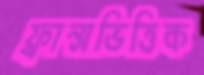
ফ্রান্সভিত্তিক